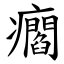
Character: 㿕